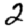
Digit: 2